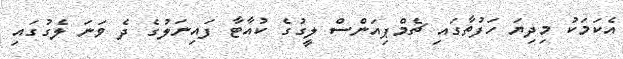
އެކަމަކު މިދިޔަ ހަފުތާގައި ޗެމްޕިއަންސް ލީގުގެ ކުއާޓާ ފައިނަލުގެ ދެ ވަނަ ލެގުގައި